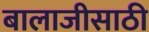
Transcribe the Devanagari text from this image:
बालाजीसाठी